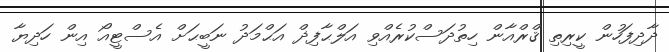
ދާދިފަހުން ކީރިތި ޤްރްއާން ހިތުދަސްކުރެއްވި އަލްޙާފިޛް އަޙްމަދު ނަބީޙަށް އެސްޓީއޯ އިން ހަދިޔާ